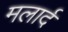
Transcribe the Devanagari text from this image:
मलार्द